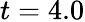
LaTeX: t=4.0